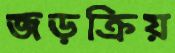
জড়ক্রিয়